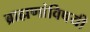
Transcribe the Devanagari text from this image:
ब्राह्मणांविषयी